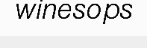
winesops